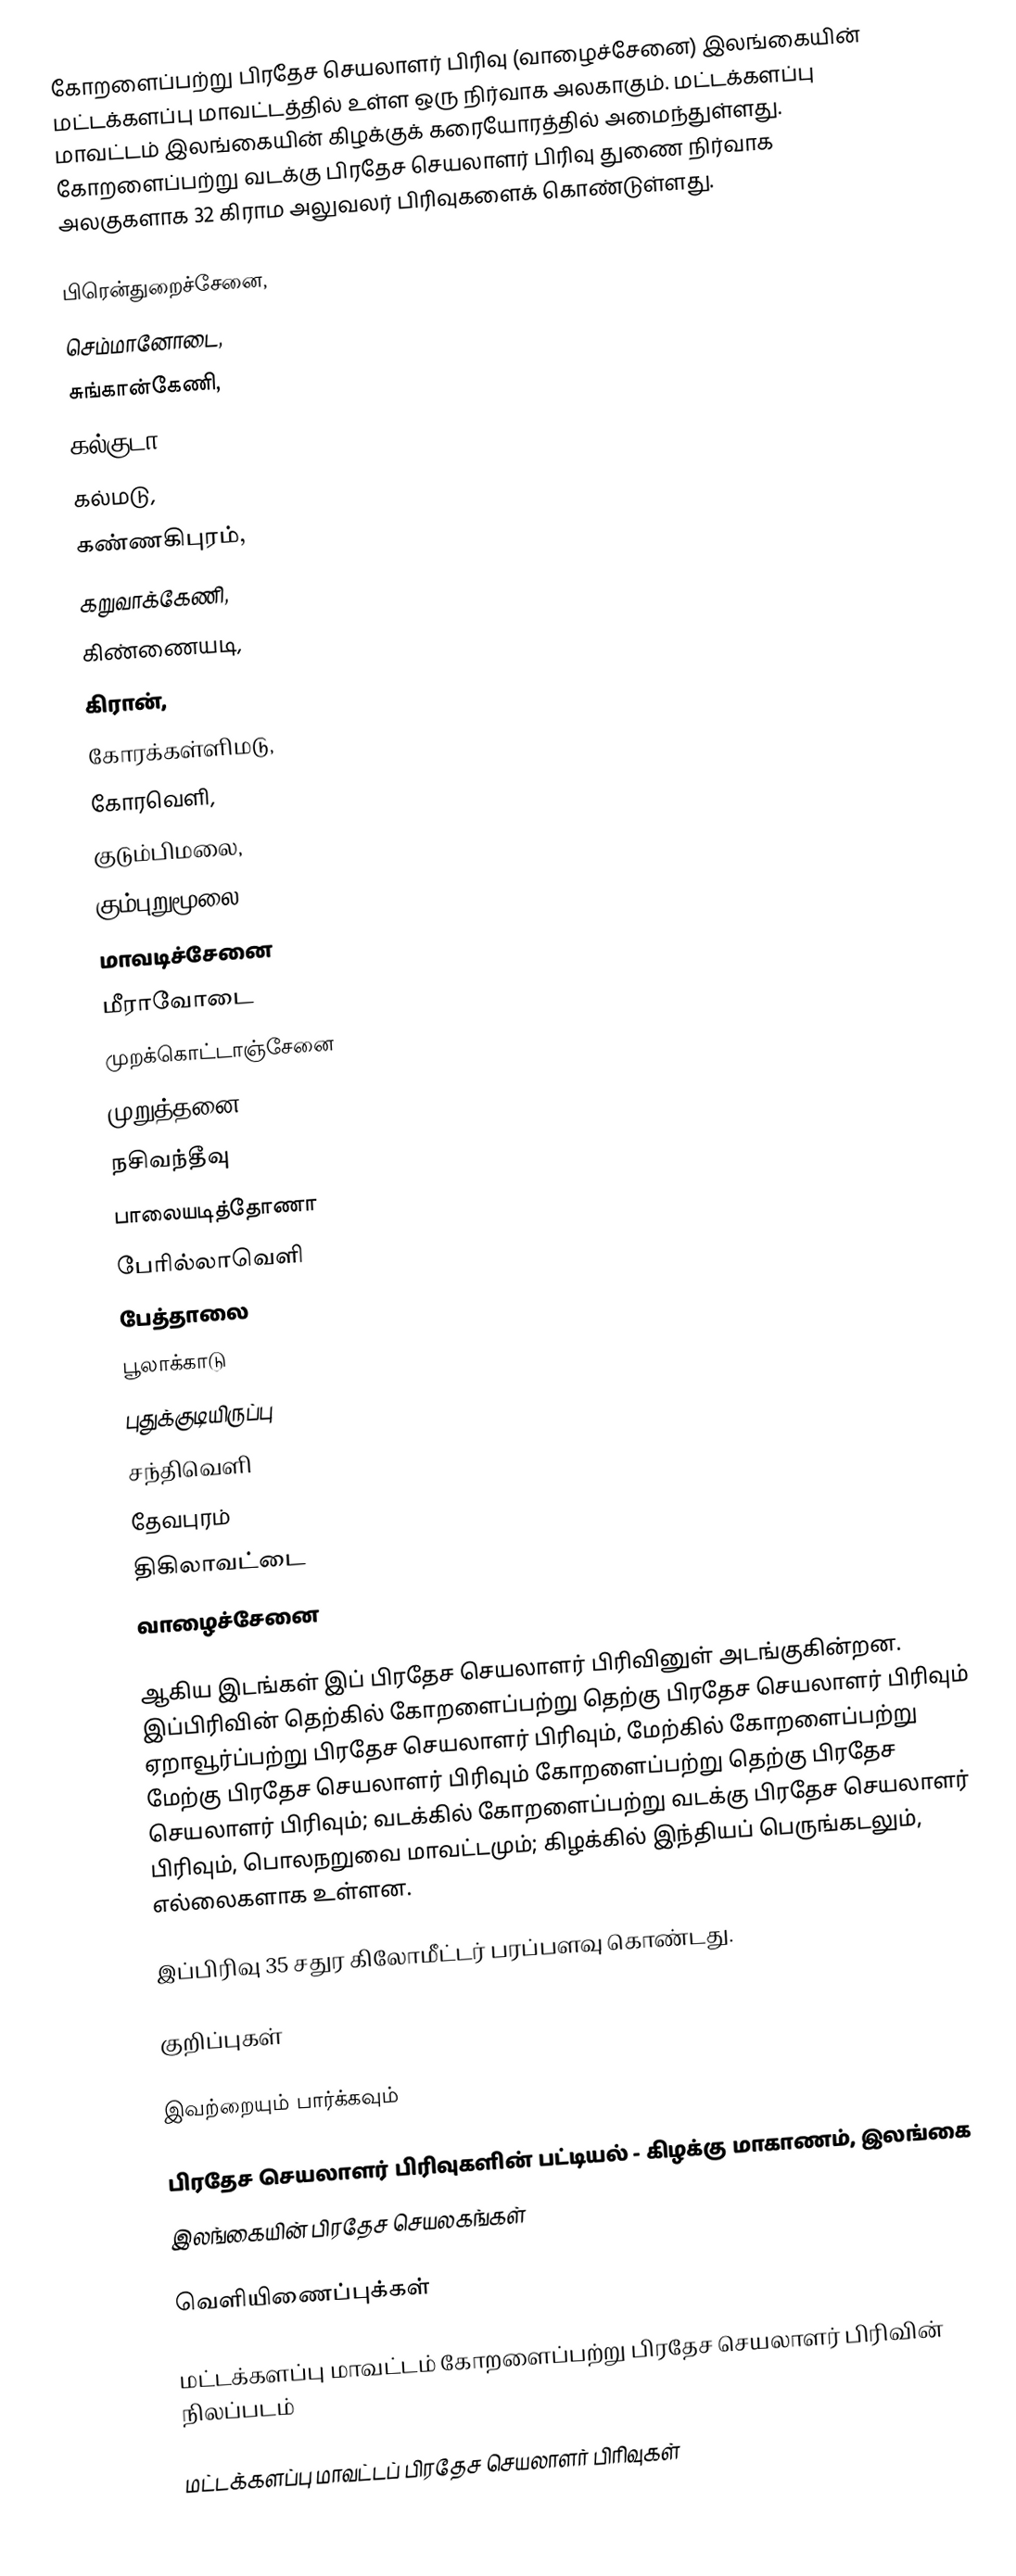
கோறளைப்பற்று பிரதேச செயலாளர் பிரிவு (வாழைச்சேனை) இலங்கையின் மட்டக்களப்பு மாவட்டத்தில் உள்ள ஒரு நிர்வாக அலகாகும். மட்டக்களப்பு மாவட்டம் இலங்கையின் கிழக்குக் கரையோரத்தில் அமைந்துள்ளது. கோறளைப்பற்று வடக்கு பிரதேச செயலாளர் பிரிவு துணை நிர்வாக அலகுகளாக 32 கிராம அலுவலர் பிரிவுகளைக் கொண்டுள்ளது.

 பிரென்துறைச்சேனை,
 செம்மானோடை,
 சுங்கான்கேணி,
 கல்குடா,
 கல்மடு,
 கண்ணகிபுரம்,
 கறுவாக்கேணி,
 கிண்ணையடி,
 கிரான்,
 கோரக்கள்ளிமடு,
 கோரவெளி,
 குடும்பிமலை,
 கும்புறுமூலை,
 மாவடிச்சேனை
 மீராவோடை
 முறக்கொட்டாஞ்சேனை
 முறுத்தனை
 நசிவந்தீவு
 பாலையடித்தோணா
 பேரில்லாவெளி
 பேத்தாலை
 பூலாக்காடு
 புதுக்குடியிருப்பு
 சந்திவெளி
 தேவபுரம்
 திகிலாவட்டை
 வாழைச்சேனை

ஆகிய இடங்கள் இப் பிரதேச செயலாளர் பிரிவினுள் அடங்குகின்றன. இப்பிரிவின் தெற்கில் கோறளைப்பற்று தெற்கு பிரதேச செயலாளர் பிரிவும் ஏறாவூர்ப்பற்று பிரதேச செயலாளர் பிரிவும், மேற்கில் கோறளைப்பற்று மேற்கு பிரதேச செயலாளர் பிரிவும்  கோறளைப்பற்று தெற்கு பிரதேச செயலாளர் பிரிவும்; வடக்கில் கோறளைப்பற்று வடக்கு பிரதேச செயலாளர் பிரிவும், பொலநறுவை மாவட்டமும்; கிழக்கில் இந்தியப் பெருங்கடலும், எல்லைகளாக உள்ளன.

இப்பிரிவு 35 சதுர கிலோமீட்டர் பரப்பளவு கொண்டது.

குறிப்புகள்

இவற்றையும் பார்க்கவும்

 பிரதேச செயலாளர் பிரிவுகளின் பட்டியல் - கிழக்கு மாகாணம், இலங்கை
 இலங்கையின் பிரதேச செயலகங்கள்

வெளியிணைப்புக்கள்

 மட்டக்களப்பு மாவட்டம் கோறளைப்பற்று பிரதேச செயலாளர் பிரிவின் நிலப்படம்

மட்டக்களப்பு மாவட்டப் பிரதேச செயலாளர் பிரிவுகள்